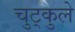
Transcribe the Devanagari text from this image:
चुट्कुले